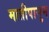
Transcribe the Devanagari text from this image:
मातीपासुन